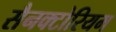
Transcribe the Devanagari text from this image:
सैनक्टोरियम